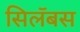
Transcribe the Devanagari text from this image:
सिलॅबस